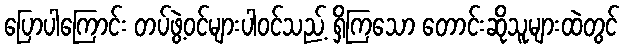
ပြောပါကြောင်း တပ်ဖွဲ့ဝင်များပါဝင်သည့် ရှိကြသော တောင်းဆိုသူများထဲတွင်